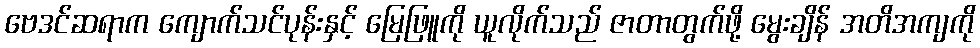
ဗေဒင်ဆရာက ကျောက်သင်ပုန်းနှင့် မြေဖြူကို ယူလိုက်သည် ဇာတာတွက်ဖို့ မွေးချိန် အတိအကျကို